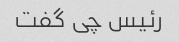
رئیس چی گفت